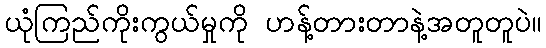
ယုံကြည်ကိုးကွယ်မှုကို ဟန့်တားတာနဲ့အတူတူပဲ။